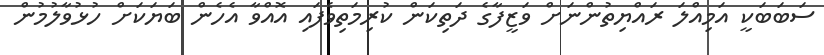
ސަބަބަކީ އަމިއްލަ ރައްޔިތުންނަށް ވަޒީފާގެ ދަތިކަން ކުރިމަތިވެފައި އޮއްވާ އެހެން ބަޔަކަށް ހުޅުވާލުމުން